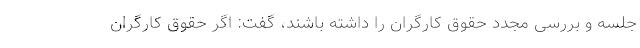
جلسه و بررسی مجدد حقوق کارگران را داشته باشند، گفت: اگر حقوق کارگران